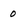
Character: 0